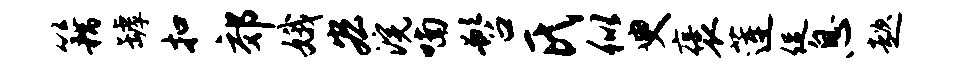
籍罅扣郊娥宏浣喃髫氏似臾褒莲促息趑